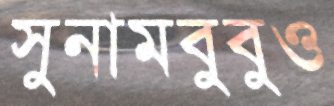
সুনামবুবুও